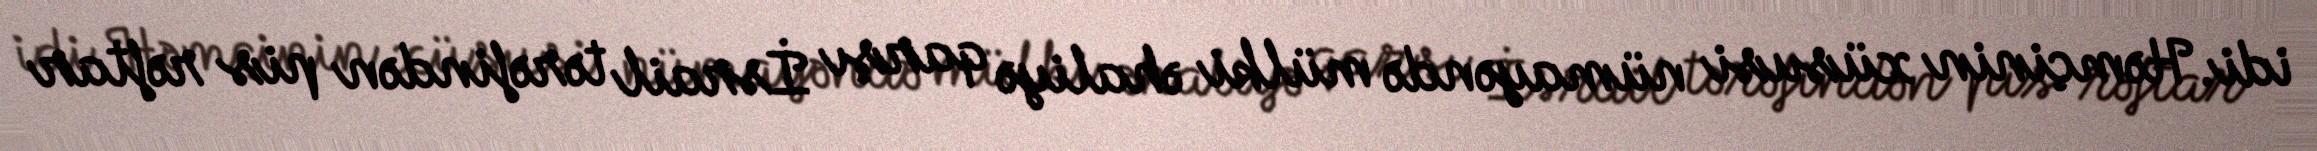
idi. Həmçinin xüsusi nümayəndə mülki əhaliyə qarşı İsrail tərəfindən pis rəftar